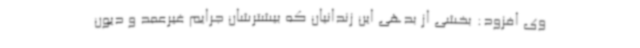
وی افزود: بخشی از بدهی این زندانیان که بیشترشان جرایم غیرعمد و دیون